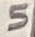
Text: 5